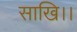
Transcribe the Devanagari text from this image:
साखि।।